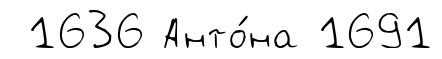
1636 Анто́на 1691